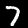
Digit: 7